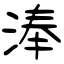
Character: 淎